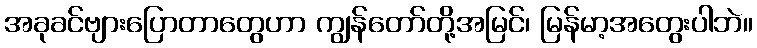
အခုခင်ဗျားပြောတာတွေဟာ ကျွန်တော်တို့အမြင်၊ မြန်မာ့အတွေးပါဘဲ။